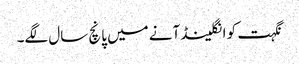
نگہت کو انگلینڈ آنے میں پانچ سال لگے۔